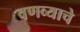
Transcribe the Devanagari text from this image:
वणव्याचे